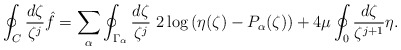
\begin{align*}\oint_C \frac{d\zeta}{\zeta^j}\hat{f}=\sum_\alpha\oint_{\Gamma_\alpha} \frac{d\zeta}{\zeta^j}\ 2\log\left(\eta(\zeta)-P_{\alpha}(\zeta)\right)+4\mu\oint_0 \frac{d\zeta}{\zeta^{j+1}}\eta.\end{align*}